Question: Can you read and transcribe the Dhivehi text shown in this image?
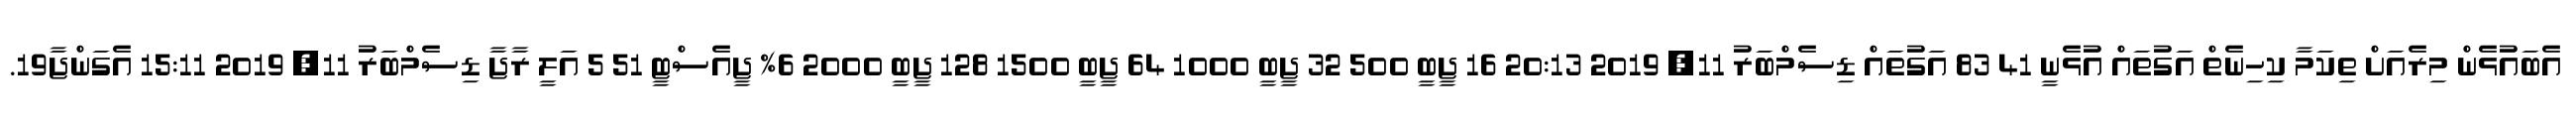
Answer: އެބައުޅެން މިރެއަށް ތިކަމާ ކިހިނެތް އަގުތައް އުޅެނީ 41 83 އަގުތައް ޑިސެމްބަރު 11, 2019 20:13 16 ޖީބީ 500 32 ޖީބީ 1000 64 ޖީބީ 1500 128 ޖީބީ 2000 6% ޖީއެސްޓީ 51 5 އަލީ ރާޖާ ޑިސެމްބަރު 11, 2019 15:11 އެގަންޖާ19.